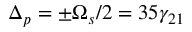
\Delta _ { p } = \pm \Omega _ { s } / 2 = 3 5 \gamma _ { 2 1 }